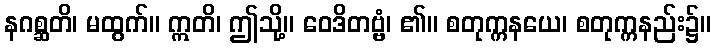
နဂစ္ဆတိ၊ မထွက်။ ဣတိ၊ ဤသို့။ ဝေဒိတဗ္ဗံ၊ ၏။ စတုက္ကနယေ၊ စတုက္ကနည်း၌။